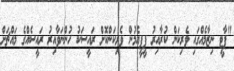
"ޕާޓީ ނިޒާމެއްގައި ވެރިކަން ކުރާއިރު ޕީޕީއެމުން ވެރިކަންކޮށް ރައީސަކު ހުންނަވާއިރު ރައީސެއްގެ މައްޗަށް